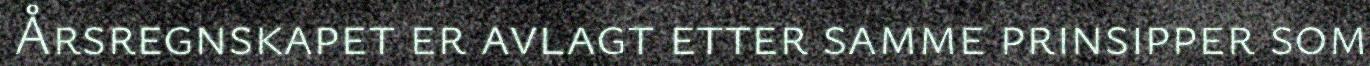
Årsregnskapet er avlagt etter samme prinsipper som